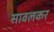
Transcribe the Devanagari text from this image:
सावलकर